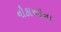
નૌકાઓના